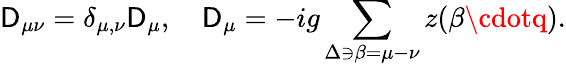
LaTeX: \mathsf{D}_{\mu\nu}=\delta_{\mu,\nu}\mathsf{D}_{\mu},\quad\mathsf{D}_{\mu}=-ig\sum_{\Delta\ni\beta=\mu-\nu}z(\beta\cdotq).